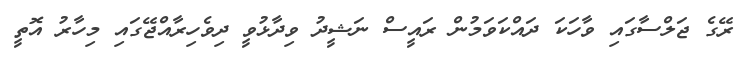
ރޭގެ ޖަލްސާގައި ވާހަކަ ދައްކަވަމުން ރައީސް ނަޝީދު ވިދާޅުވީ ދިވެހިރާއްޖޭގައި މިހާރު އޮތީ